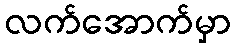
လက်အောက်မှာ